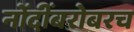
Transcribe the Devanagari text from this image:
नोंदींबरोबरच